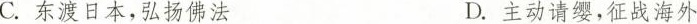
C.东渡日本，弘扬佛法 D.主动请缨，征战海外